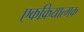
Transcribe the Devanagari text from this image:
एकक्रियात्मक